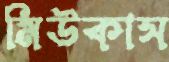
মিউকাস